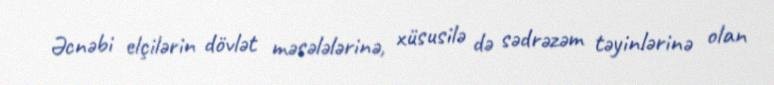
Əcnəbi elçilərin dövlət məsələlərinə, xüsusilə də sədrəzəm təyinlərinə olan